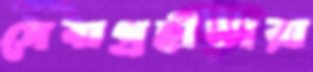
সেবাগ্রহীতারা